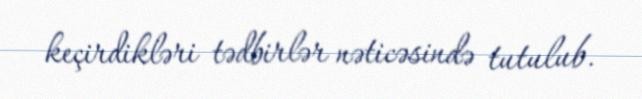
keçirdikləri tədbirlər nəticəsində tutulub.